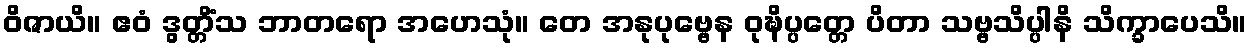
ဝိဇာယိ။ ဧဝံ ဒွတ္တိံသ ဘာတရော အဟေသုံ။ တေ အနုပုဗ္ဗေန ဝုဍ္ဎိပ္ပတ္တေ ပိတာ သဗ္ဗသိပ္ပါနိ သိက္ခာပေသိ။